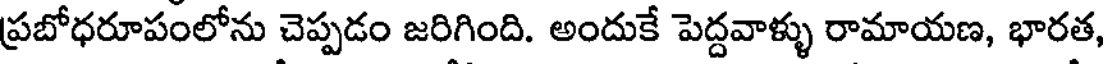
ప్రబోధరూపంలోను చెప్పడం జరిగింది. అందుకే పెద్దవాళ్ళు రామాయణ, భారత,